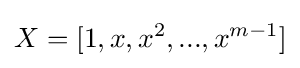
X=[1,x,x^{2},...,x^{m-1}]